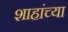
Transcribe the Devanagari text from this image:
शाहांच्या